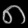
Digit: ၈